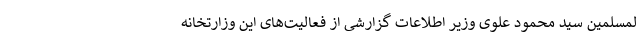
لمسلمین سید محمود علوی وزیر اطلاعات گزارشی از فعالیت‌های این وزارتخانه